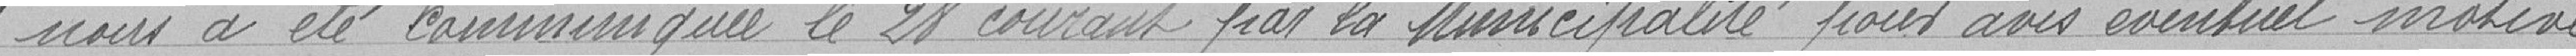
" nous a été communiquée le 28 courant par la Municipalité pour avis éventuel motivé